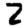
Digit: 2